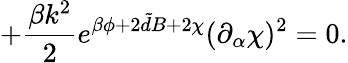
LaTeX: +\frac{\beta k^{2}}{2}e^{\beta\phi+2{\tilde{d}}B+2\chi}(\partial_{\alpha}\chi)^{2}=0.